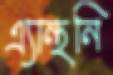
এ্যান্থনি